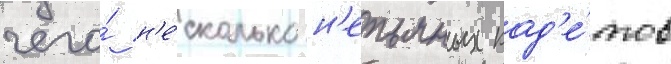
чего́ н'е́сколько н'епьяных кад'е́тов